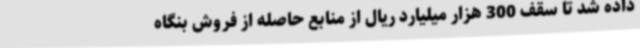
داده شد تا سقف 300 هزار میلیارد ریال از منابع حاصله از فروش بنگاه